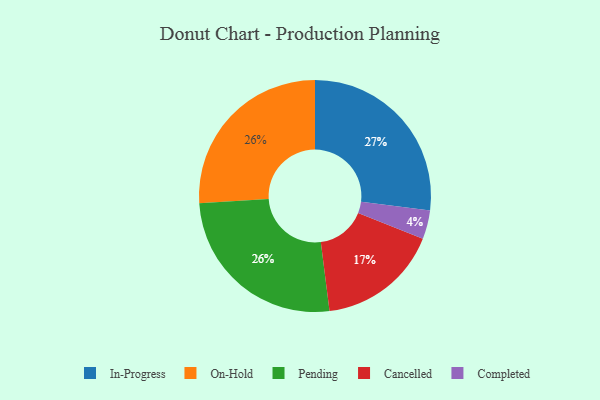
{"axis": {"x": "Category", "y": "Percentage"}, "legend": ["Cancelled", "Completed", "In-Progress", "On-Hold", "Pending"], "data": [{"x": "Cancelled", "y": 17, "type": "Cancelled"}, {"x": "On-Hold", "y": 26, "type": "On-Hold"}, {"x": "Completed", "y": 4, "type": "Completed"}, {"x": "In-Progress", "y": 27, "type": "In-Progress"}, {"x": "Pending", "y": 26, "type": "Pending"}]}